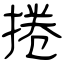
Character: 捲